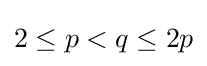
2\leq p<q\leq 2p